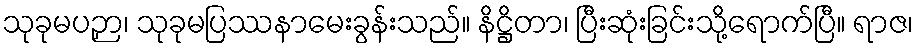
သုခုမပဉှာ၊ သုခုမပြဿနာမေးခွန်းသည်။ နိဋ္ဌိတာ၊ ပြီးဆုံးခြင်းသို့ရောက်ပြီ။ ရာဇ၊